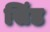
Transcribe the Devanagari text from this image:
सिंड